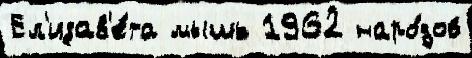
Ел'изав'е́та мышь 1962 наро́дов